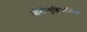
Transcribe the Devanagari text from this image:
मोनोन्युक्लियॉसिस